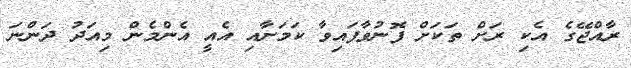
ރާއްޖޭގެ އެކި ރަށް ތަކަށް ފޮނުވާފައިވާ ކަމަށާއި އެއީ އެންމެން މިއަދު ދަންނަ